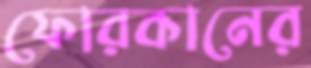
ফোরকানের